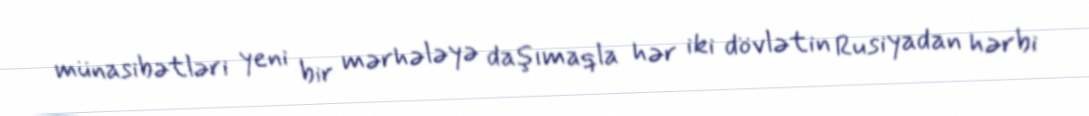
münasibətləri yeni bir mərhələyə daşımaqla hər iki dövlətin Rusiyadan hərbi